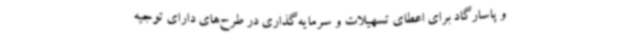
و پاسارگاد برای اعطای تسهیلات و سرمایه‌گذاری در طرح‌های دارای توجیه